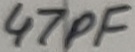
Text: 47pF